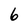
Character: 6